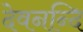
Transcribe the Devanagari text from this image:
देवनन्दि